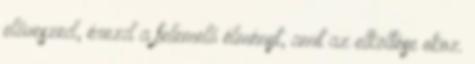
előveszed, érezd a felemelő élményt, amit az elköltése okoz.